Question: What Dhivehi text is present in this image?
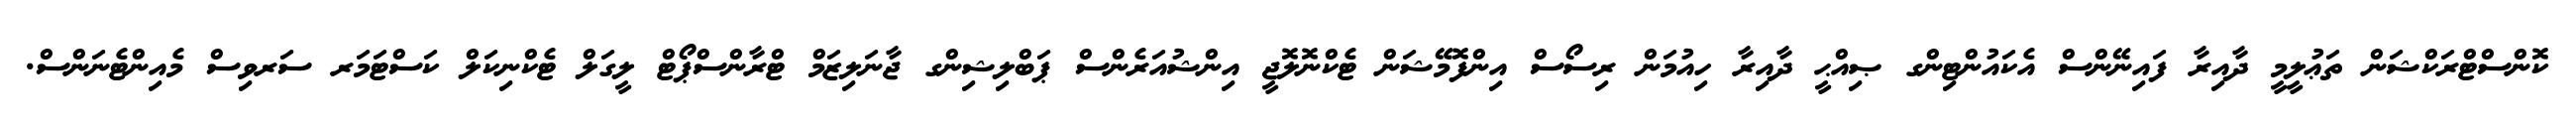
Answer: ކޮންސްޓްރަކްޝަން ތަޢުލީމީ ދާއިރާ ފައިނޭންސް އެކައުންޓިންގ ޞިއްޙީ ދާއިރާ ހިއުމަން ރިސޯސް އިންފޮމޭޝަން ޓެކްނޮލޮޖީ އިންޝުއަރެންސް ޕަބްލިޝިންގ ޖާނަލިޒަމް ޓްރާންސްޕޯޓް ލީގަލް ޓެކްނިކަލް ކަސްޓަމަރ ސަރވިސް މެއިންޓެނަންސް.